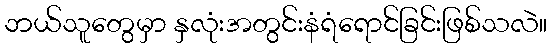
ဘယ်သူတွေမှာ နှလုံးအတွင်းနံရံရောင်ခြင်းဖြစ်သလဲ။